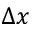
\Delta x